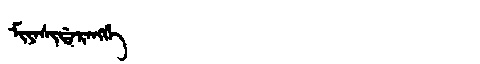
Manchu: ᠮᡳᠶᠠᠰᡳᡩᠠᡵᠠᠩᡤᡝ
Romanization: MIYASIDARANGGE